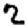
Digit: 2